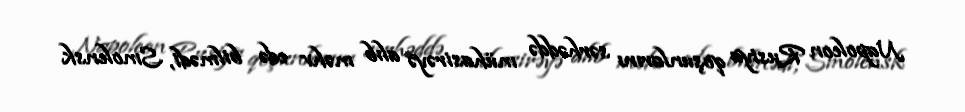
Napoleon Rusiya qoşunlarını sərhəddə mühasirəyə alıb məhv edə bilmədi, Smolensk